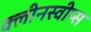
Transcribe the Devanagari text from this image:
क्लीनस्वीप्स